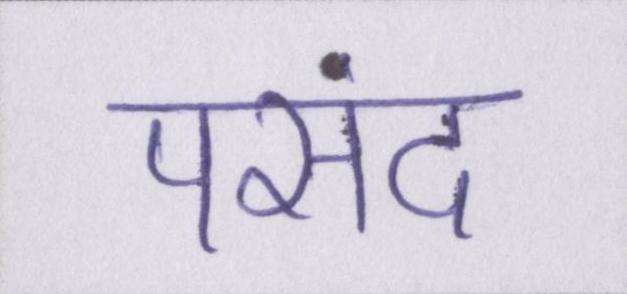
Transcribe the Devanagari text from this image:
पसंद